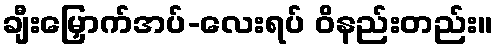
ချီးမြှောက်အပ်-လေးရပ် ဝိနည်းတည်း။